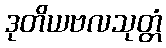
ဒုတိယဗလသုတ္တံ